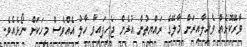
ވާރޭކޮޅެއް ވެހިލާއިރަށް މާލޭގެ ރައްޔިތުން އުޅެން ޖެހިފައިވާ ހާލު އެއްވެސް މީހަކަށް ނޯޅެއެވެ.